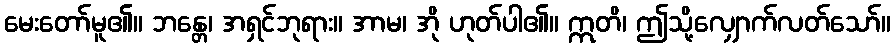
မေးတော်မူ၏။ ဘန္တေ၊ အရှင်ဘုရား။ အာမ၊ အို ဟုတ်ပါ၏။ ဣတိ၊ ဤသို့လျှောက်လတ်သော်။